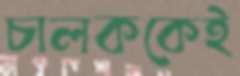
চালককেই